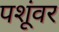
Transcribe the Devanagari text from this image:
पशूंवर